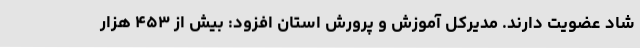
شاد عضویت دارند. مدیرکل آموزش و پرورش استان افزود: بیش از ۴۵۳ هزار